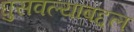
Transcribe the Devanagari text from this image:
घुसवल्याबद्दल